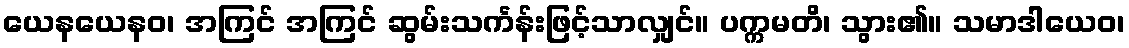
ယေနယေနဝ၊ အကြင် အကြင် ဆွမ်းသင်္ကန်းဖြင့်သာလျှင်။ ပက္ကမတိ၊ သွား၏။ သမာဒါယေဝ၊